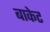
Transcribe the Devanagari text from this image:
बाकेट